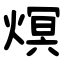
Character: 熐